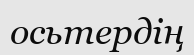
осьтердің